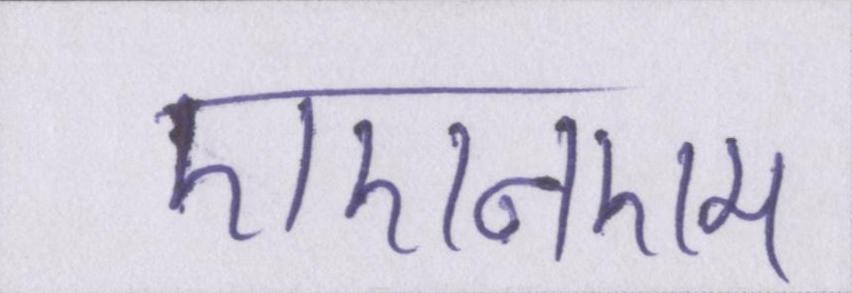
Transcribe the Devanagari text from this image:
एएनएम